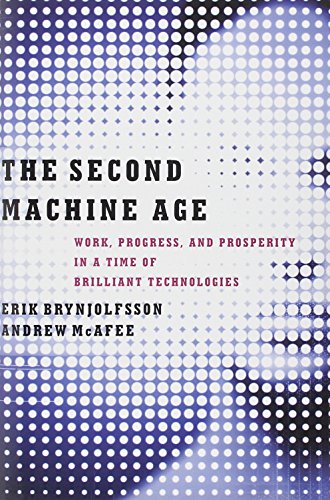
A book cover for The Second Machine Age: Work, Progress, and Prosperity in a Time of Brilliant Technologies; Erik Brynjolfsson; Science & Math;